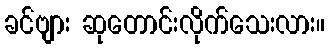
ခင်ဗျား ဆုတောင်းလိုက်သေးလား။